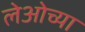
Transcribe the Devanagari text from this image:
लेओच्या